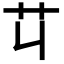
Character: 𦫶